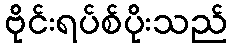
ဗိုင်းရပ်စ်ပိုးသည်